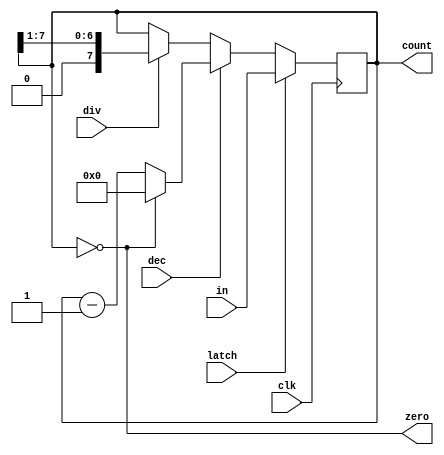
`timescale 1ns / 1ps

module downcounter(
  
// Inputs
input   wire    [7:0]   in,
input   wire            clk,
input   wire            latch,
input   wire            dec,
input   wire            div,
// Outputs
output  wire            zero,
// Internal
output  reg     [7:0]   count
);

always @(posedge clk)
begin
    if(latch)
        count <= in;
    else if(dec)
        count <= (count==8'd0)?8'd0:count - 1;
    else if(div)
        count <= count >> 1;
end

assign zero = (count == 0);

endmodule